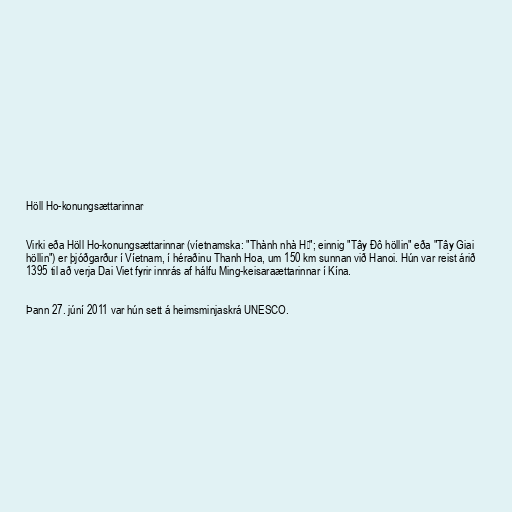
Höll Ho-konungsættarinnar

Virki eða Höll Ho-konungsættarinnar (víetnamska: "Thành nhà Hồ"; einnig "Tây Đô höllin" eða "Tây Giai
höllin") er þjóðgarður í Víetnam, í héraðinu Thanh Hoa, um 150 km sunnan við Hanoi. Hún var reist árið
1395 til að verja Dai Viet fyrir innrás af hálfu Ming-keisaraættarinnar í Kína.

Þann 27. júní 2011 var hún sett á heimsminjaskrá UNESCO.